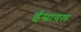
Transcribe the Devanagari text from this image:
ईस्रायल